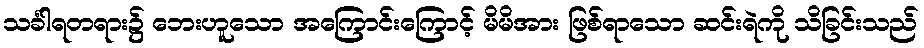
သင်္ခါရတရား၌ ဘေးဟူသော အကြောင်းကြောင့် မိမိအား ဖြစ်ရာသော ဆင်းရဲကို သိခြင်းသည်